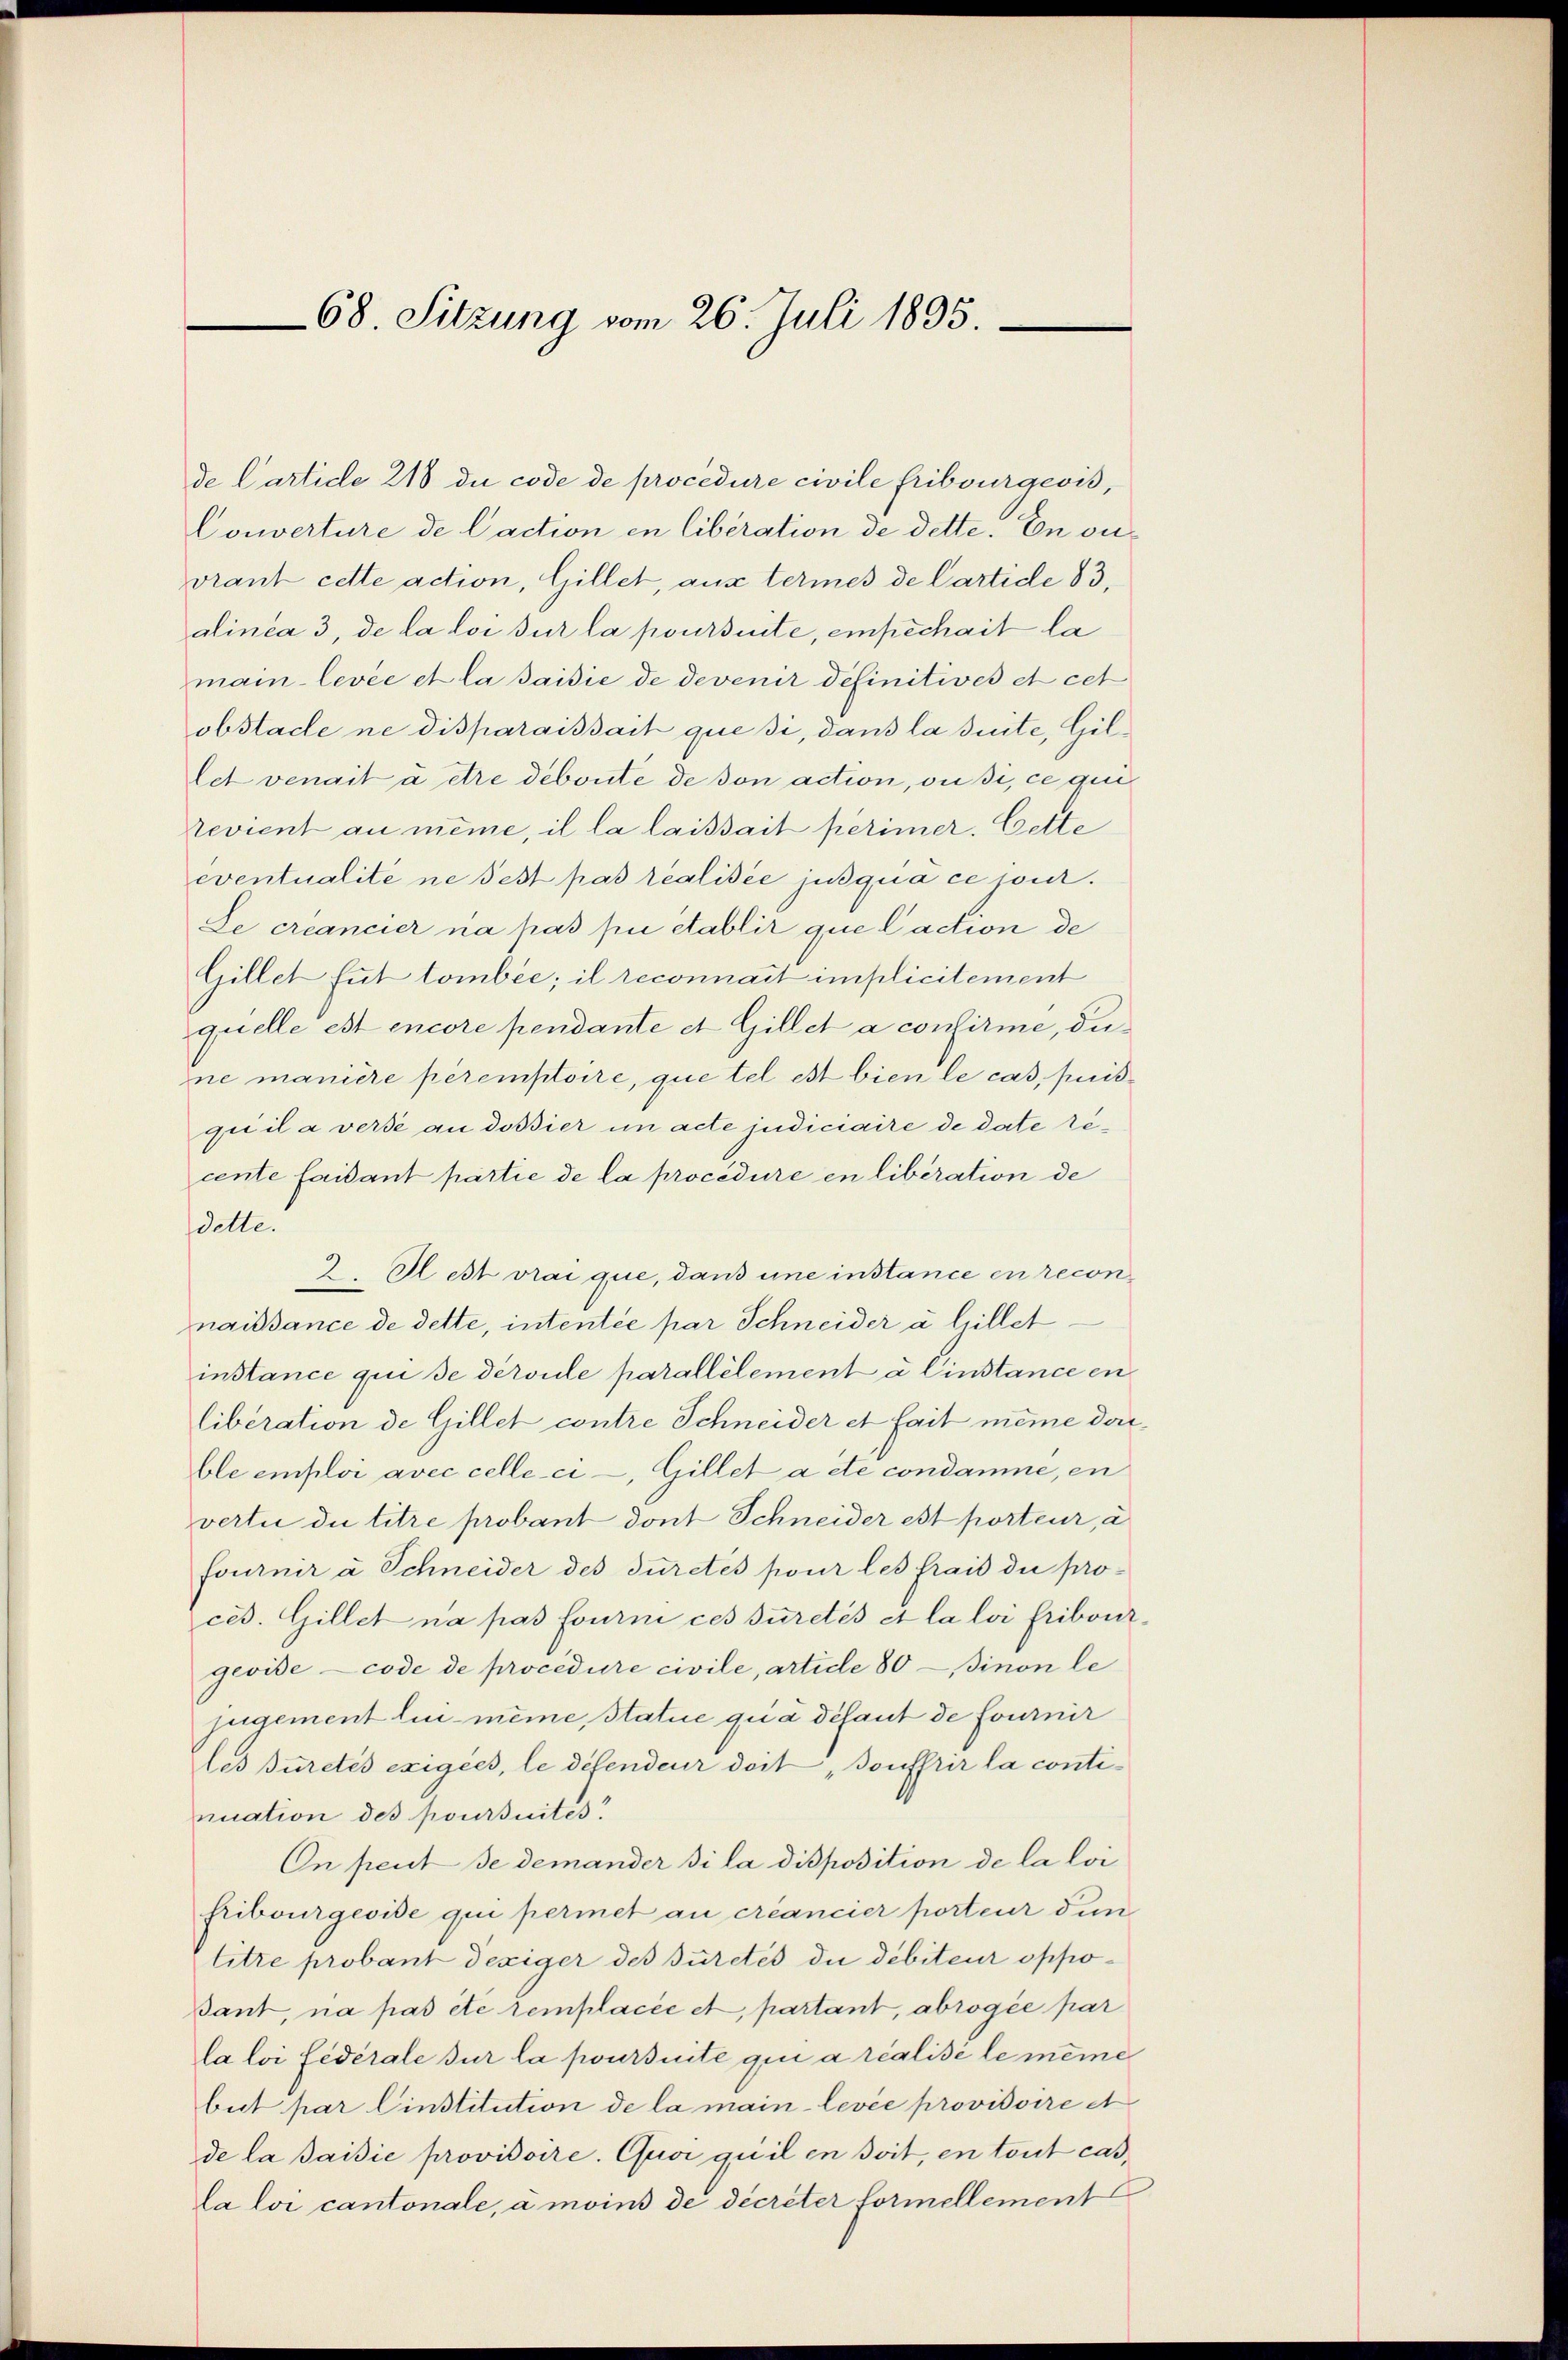
68. Sitzung vom 26. Juli 1895

de Carticle 218 du code de procedure civile Fribourgeois,
Couverture de Caction in libération de dette. En ouvrant cette action, Gillet, aus termes de Cartide 83.
alinea 3, de la loi sur la poursente, einpechait la
main-levée et la saisie de devenir definitives et cet
obstacle ne disparaissait que si, dans la sinte, Gillet venait à être deboute de von action, ou si, ce que
revient au même, il la laissait perimer. Cette
eventualité ne fest pas realisée jusqua ce wur¬
Le créancier na pas pii établir que Caction de
Gillet fut tombée; il reconnait implicitement
quelle est encore pendante et Gillet a confirme, dune manière peremptoire, que tel est bien le cas, puisqui il a verse an dossier in acte judiciaire de date röcente faidant partie de la procédure en libération de
delle.
2. Rest vrai que, dans une instance en recon
naissance de dette, intentée par Schneider a hillet
instance qui se derseile parallelement a Einstance en
liberation de Gillet contre Schneider et fait meine dorble emploi avec celle-ci, Gillet acte condamne, en
vertu du titre probant dont Schneider est porteur, à
fournir à Schneider des durctés pour les frais die proces. Gillet na pas fourni ces Juretés et la loi fribourgevise code de procedure civile, artice 80 — sinon le
jugement lui meine Statue qua défaut de fournir
les Burctés exigees, le difendeur dort, Souffrir la continuation des poursuites.
On peut se demander si la disposition de la loi
fribourgeoise qui permet au créancier porteur dun
titre probant dexiger des Juretés die debiteur oppo¬
Bant, na pas été remplacée et partant, abrogée par
la loi fédérale sur la poursuite qui a réalisé le meine
but par Einstitution de la main-levée provisoire et
de la saisie provisoire. Quoi quil en soit, en tout cas,
la loi cantonale, à moins de decreter formellement